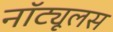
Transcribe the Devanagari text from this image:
नॉट्यूलस